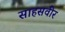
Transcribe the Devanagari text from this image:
साहसवीर